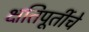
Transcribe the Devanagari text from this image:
क्षतिपूर्तीचे